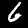
Digit: 6